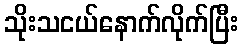
သိုးသငယ်နောက်လိုက်ပြီး